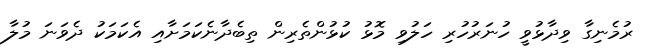
ރުމެނިގާ ވިދާޅުވީ ހުނަރުހުރި ހަލުވި މޮޅު ކުޅުންތެރިން ތިބެދާނެކަމަށާއި އެކަމަކު ދެވަނަ މުލާ